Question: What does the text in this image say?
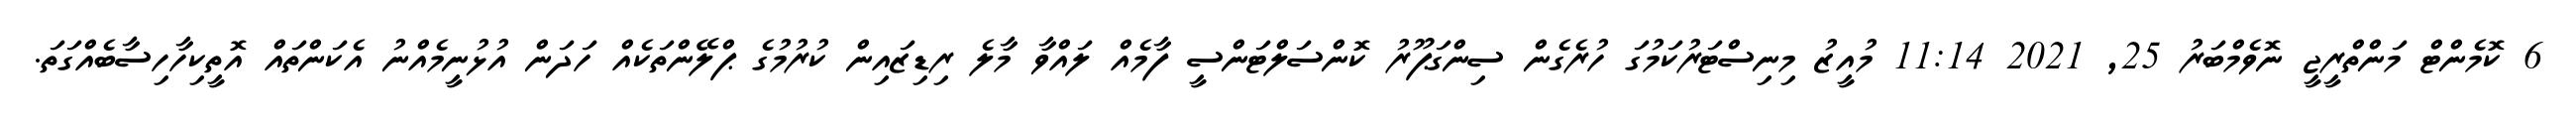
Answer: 6 ކޮމެންޓް މަންތްރީޖީ ނޮވެމްބަރު 25, 2021 11:14 މުއީޒު މިނިސްޓަރުކަމުގަ ހުރެގެން ސިންގަޕޫރު ކޮންސަލްޓަންސީ ފާމެއް ލައްވާ މާލެ ރިޑިޒައިން ކުރުމުގެ ޕްލޭންތަކެއް ހަދަން އުޅުނީމެއްނު އެކަންތައް އޮތީކިހާހިސާބެއްގަތަ.